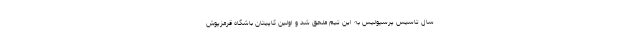
سال تاسیس پرسپولیس به این تیم ملحق شد و اولین کاپیتان باشگاه قرمزپوش